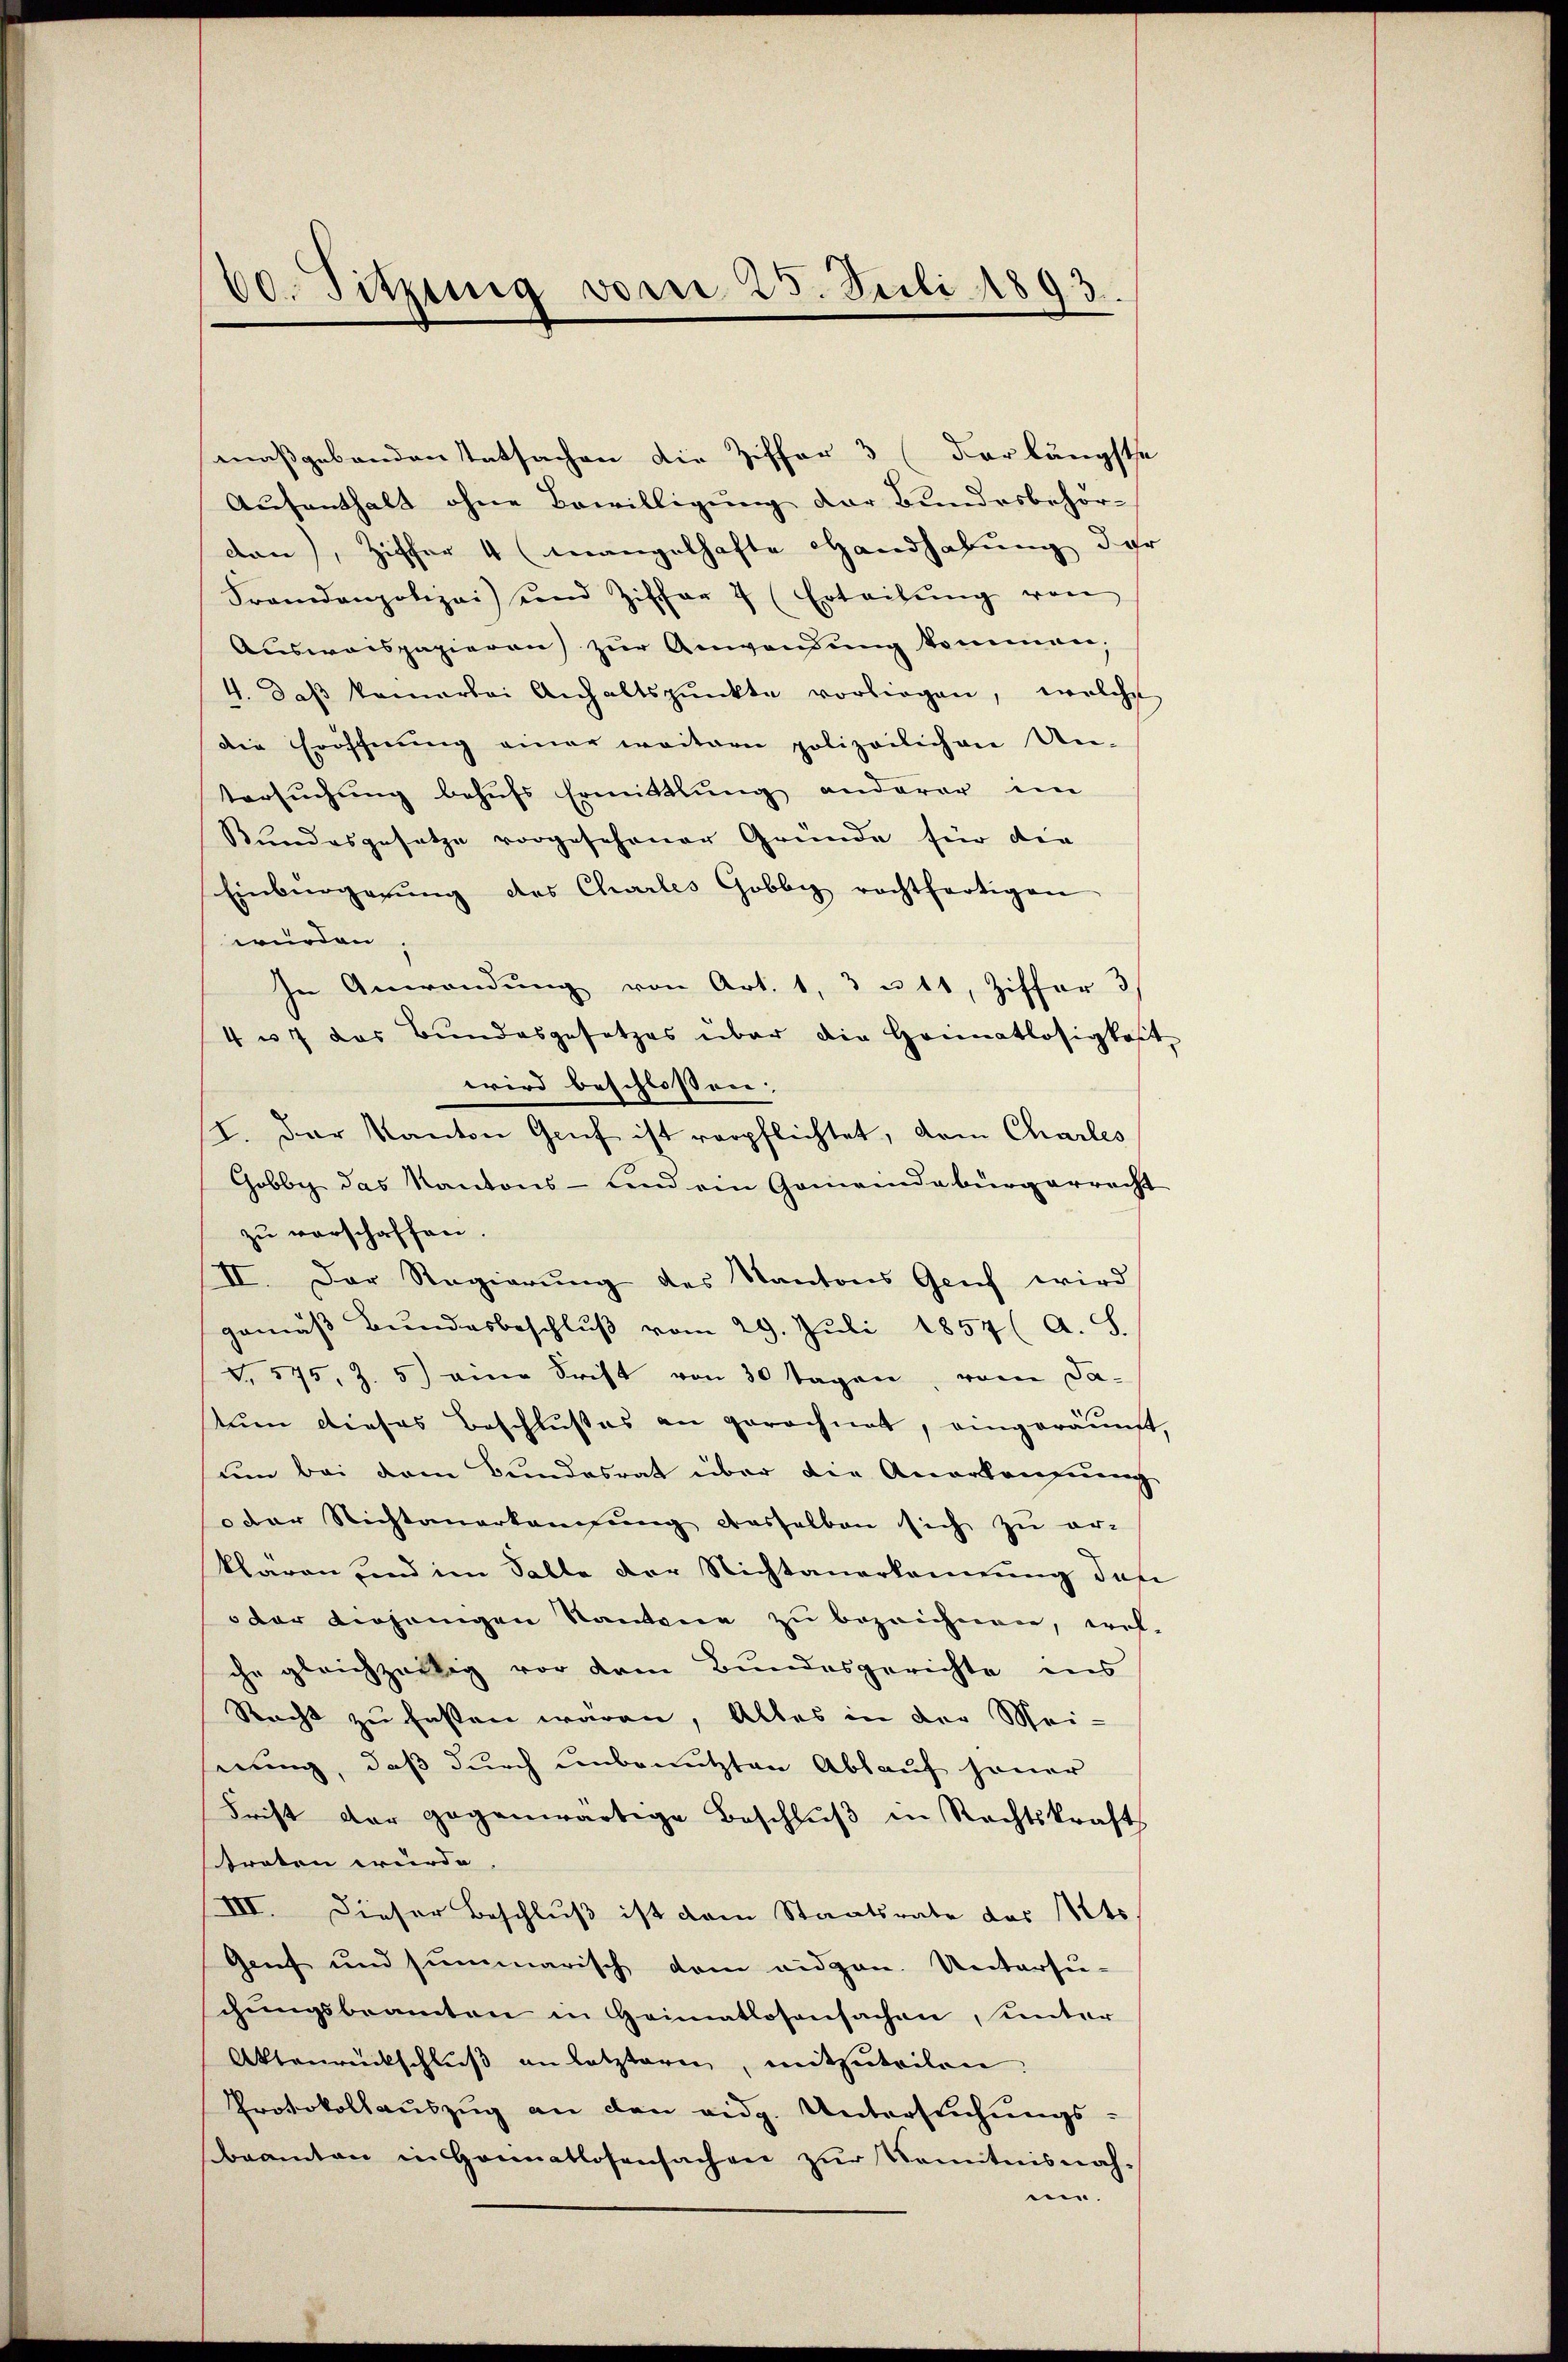
60. Sitzung von 25. Juli 1893.

maßgebenden Tatsachen die Ziffer 3 (der längste
Aufenthalt ohne Bewilligung der Bundesbehör-
den), Ziffer 4 (mangelhafte Handhabung der
Fremdenpolizei und Ziffer 7 (Erteilŭng von
Ausweispapieren zŭr Anwendung kommen,
4. daβ keinerlei Anhaltspunkte vorliegen, welche
die Eröfchnung einer weitere polizeilichen Un-
Versuchung behufs Ermittlung anderer im
Bundesgesetze vorgesehener Gründe für die
Einbürgerŭng des Charles Gobbiz rechtfertigen
würden,
In Anwendung von Art. 1, 3 u. 11, Ziffer 3
4 u. 7 das Bundesgesetzes über die Heimatlosigkeit
wird beschlossen:
I. Der Kanton Grif ist verpflichtet, dem Charles
Gobbe das Kantons- und ein Gemeindebürgerrecht
zu verschaffen.
II. Der Regierung des Kantons Geif wird
gemäß Bundesbeschluß vom 29. Juli 1857 ( A. S.
V. 575, Z. 5) eine Frist von 30 Tagen, vom datuen dieses Beschlußes an gerechnet, eingeräumt,
um bei dem Bundesrat über die Anerkaufung
oder Nichtanerkangung desselben sich zu er-
klaren und im Salle der Nichtanerkennung des
der diejenigen Kantone zu bezeichnen, wel-
che gleichzeitig vor dem Bundesgerichte ins
Racht zu fasten wären, Alles in der Mei-
serung, daß durch unbenutzten Ablauf jener
Frist der gegenwärtige Beschlŭβ in Rechtskraft
straten wurde
III. Dieser Beschluß ist dem Staatsrate des Mts.
Genf und summarisch dem eidgen. Untersu-
schungsbeamten in Heimatlosensachen, unter
Aktenrückschluß an letzteren, mitzuteilen.
Protokollauszug an den eidg. Untersuchungs-
beamten in Heimatlosensachen zur Kenntnisnah-
me.